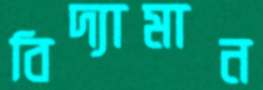
বিদ্যামান